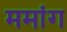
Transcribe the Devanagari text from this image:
ममांग